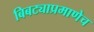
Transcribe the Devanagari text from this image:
बिबट्याप्रमाणेच